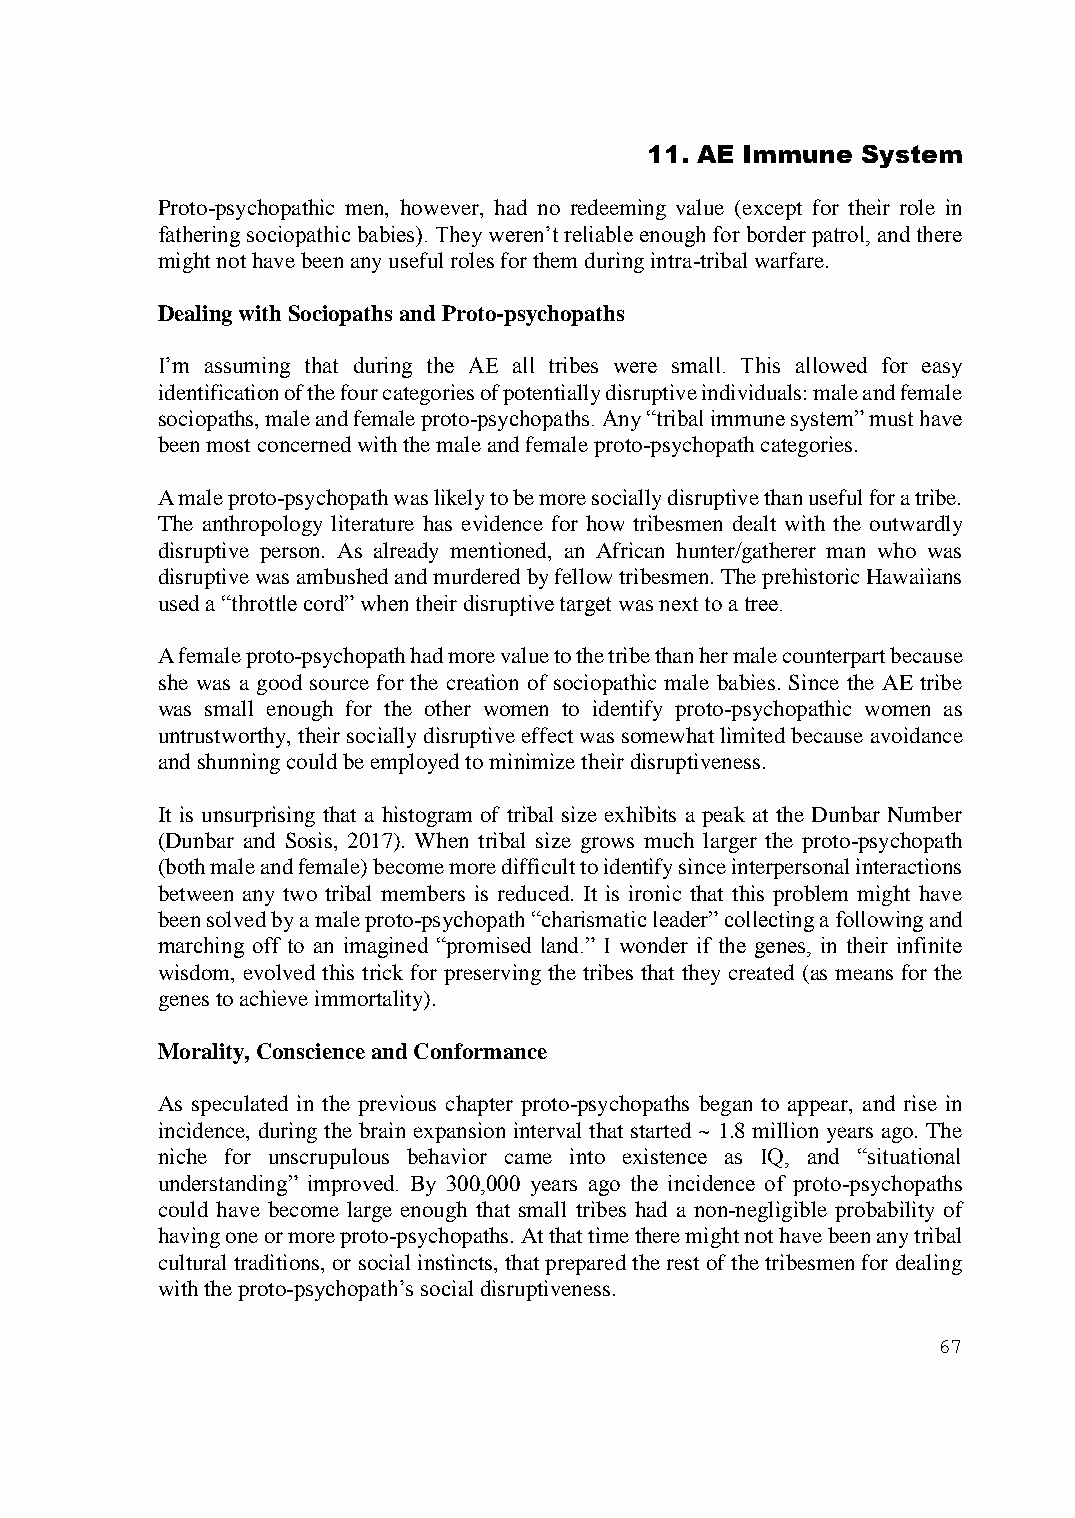
11. AE Immune System
 Proto-psychopathic men, however, had no redeeming value (except for their role in
 fathering sociopathic babies). They weren’t reliable enough for border patrol, and there
 might not have been any useful roles for them during intra-tribal warfare.
 Dealing with Sociopaths and Proto-psychopaths
 I’m assuming that during the AE all tribes were small. This allowed for easy
 identification of the four categories of potentially disruptive individuals: male and female
 sociopaths, male and female proto-psychopaths. Any “tribal immune system” must have
 been most concerned with the male and female proto-psychopath categories.
 A male proto-psychopath was likely to be more socially disruptive than useful for a tribe.
 The anthropology literature has evidence for how tribesmen dealt with the outwardly
 disruptive person. As already mentioned, an African hunter/gatherer man who was
 disruptive was ambushed and murdered by fellow tribesmen. The prehistoric Hawaiians
 used a “throttle cord” when their disruptive target was next to a tree.
 A female proto-psychopath had more value to the tribe than her male counterpart because
 she was a good source for the creation of sociopathic male babies. Since the AE tribe
 was small enough for the other women to identify proto-psychopathic women as
 untrustworthy, their socially disruptive effect was somewhat limited because avoidance
 and shunning could be employed to minimize their disruptiveness.
 It is unsurprising that a histogram of tribal size exhibits a peak at the Dunbar Number
 (Dunbar and Sosis, 2017). When tribal size grows much larger the proto-psychopath
 (both male and female) become more difficult to identify since interpersonal interactions
 between any two tribal members is reduced. It is ironic that this problem might have
 been solved by a male proto-psychopath “charismatic leader” collecting a following and
 marching off to an imagined “promised land.” I wonder if the genes, in their infinite
 wisdom, evolved this trick for preserving the tribes that they created (as means for the
 genes to achieve immortality).
 Morality, Conscience and Conformance
 As speculated in the previous chapter proto-psychopaths began to appear, and rise in
 incidence, during the brain expansion interval that started ~ 1.8 million years ago. The
 niche for unscrupulous behavior came into existence as IQ, and “situational
 understanding” improved. By 300,000 years ago the incidence of proto-psychopaths
 could have become large enough that small tribes had a non-negligible probability of
 having one or more proto-psychopaths. At that time there might not have been any tribal
 cultural traditions, or social instincts, that prepared the rest of the tribesmen for dealing
 with the proto-psychopath’s social disruptiveness.
 67